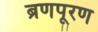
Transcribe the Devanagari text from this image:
ब्रणपूरण